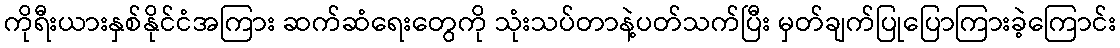
ကိုရီးယားနှစ်နိုင်ငံအကြား ဆက်ဆံရေးတွေကို သုံးသပ်တာနဲ့ပတ်သက်ပြီး မှတ်ချက်ပြုပြောကြားခဲ့ကြောင်း